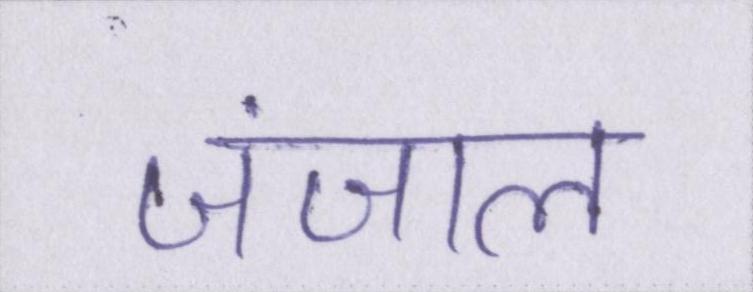
जंजाल